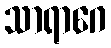
သာရာဂေ